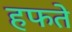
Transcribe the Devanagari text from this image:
हफते